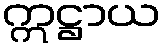
ဣဋ္ဌာယ